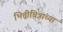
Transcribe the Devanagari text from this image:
भित्तीचित्रांच्या